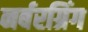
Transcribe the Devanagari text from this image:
नर्बरग्रिंग